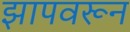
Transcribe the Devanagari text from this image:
झापवरून